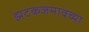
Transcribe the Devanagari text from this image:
झटकजमावच्या